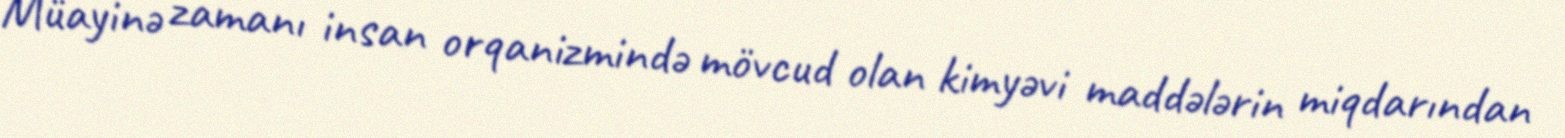
Müayinə zamanı insan orqanizmində mövcud olan kimyəvi maddələrin miqdarından